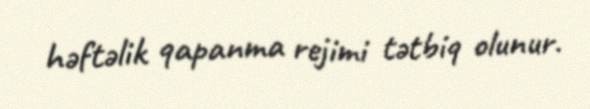
həftəlik qapanma rejimi tətbiq olunur.